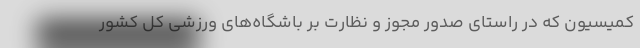
کمیسیون که در راستای صدور مجوز و نظارت‌ بر باشگاه‌های ورزشی کل کشور